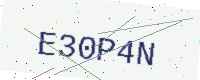
Text: E30P4N